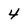
Character: 4